Annual report on the working of the mental hospitals in the Madras Presidency - 1912-1932
Year: 1912
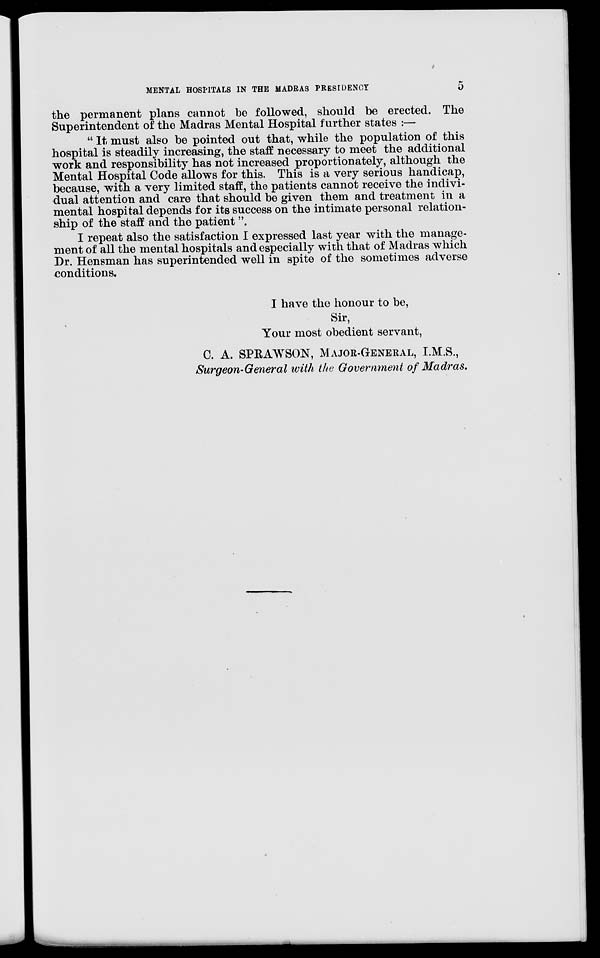
MENTAL HOSPITALS IN THE MADRAS PRESIDENCY
5
the permanent plans cannot be followed, should be erected. The
Superintendent of the Madras Mental Hospital further states :—
" It must also be pointed out that, while the population of this
hospital is steadily increasing, the staff necessary to meet the additional
work and responsibility has not increased proportionately, although the
Mental Hospital Code allows for this. This is a very serious handicap,
because, with a very limited staff, the patients cannot receive the indivi-
dual attention and care that should be given them and treatment in a
mental hospital depends for its success on the intimate personal relation-
ship of the staff and the patient".
I repeat also the satisfaction I expressed last year with the manage-
ment of all the mental hospitals and especially with that of Madras which
Dr. Hensman has superintended well in spite of the sometimes adverse
conditions.
I have the honour to be,
Sir,
Your most obedient servant,
C. A. SPRAWSON, MAJOR-GENERAL, I.M.S.,
Surgeon-General with the Government of Madras.